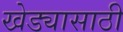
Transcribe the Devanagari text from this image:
खेड्यासाठी